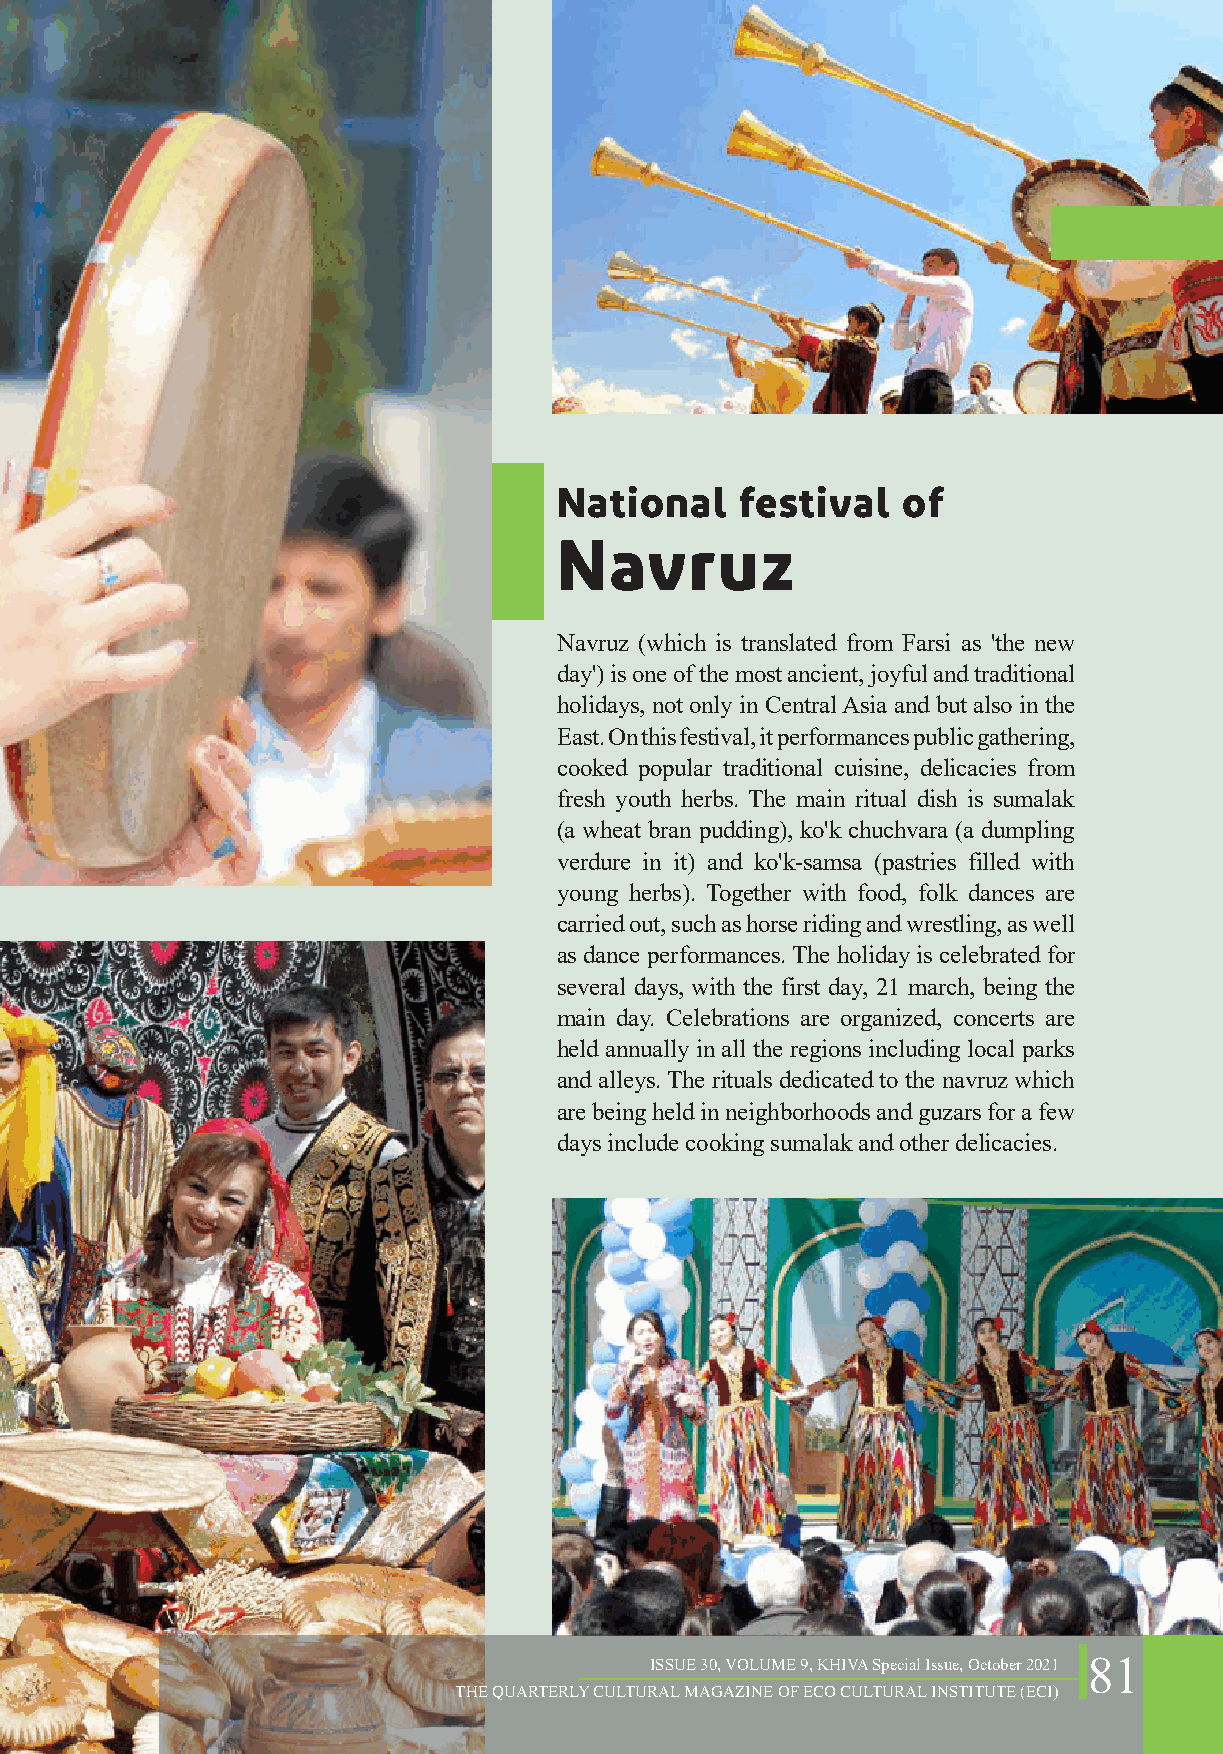
National    festival   of
 Navruz
 Navruz (which is translated from Farsi as 'the new
 day') is one of the most ancient, joyful and traditional
 holidays, not only in Central Asia and but also in the
 East. On this festival, it performances public gathering,
 cooked popular traditional cuisine, delicacies from
 fresh youth herbs. The main ritual dish is sumalak
 (a wheat bran pudding), ko'k chuchvara (a dumpling
 verdure in it) and ko'k-samsa (pastries filled with
 young herbs). Together with food, folk dances are
 carried out, such as horse riding and wrestling, as well
 as dance performances. The holiday is celebrated for
 several days, with the first day, 21 march, being the
 main day. Celebrations are organized, concerts are
 held annually in all the regions including local parks
 and alleys. The rituals dedicated to the navruz which
 are being held in neighborhoods and guzars for a few
 days include cooking sumalak and other delicacies.
 ISSUE 30, VOLUME 9, KHIVA Special Issue, October 2021 81
 THE QUARTERLY CULTURAL MAGAZINE OF ECO CULTURAL INSTITUTE (ECI)